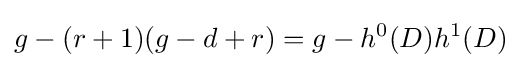
g-(r+1)(g-d+r)=g-h^{0}(D)h^{1}(D)